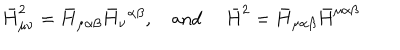
LaTeX: \bar { H } _ { \mu \nu } ^ { 2 } = \bar { H } _ { \mu \alpha \beta } \bar { H } _ { \nu } { } ^ { \alpha \beta } , \mathrm { a n d } \ \bar { H } ^ { 2 } = \bar { H } _ { \mu \alpha \beta } \bar { H } ^ { \mu \alpha \beta }